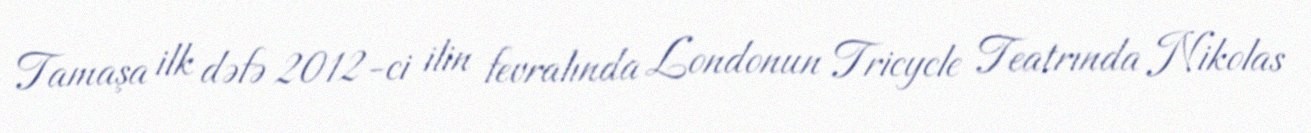
Tamaşa ilk dəfə 2012-ci ilin fevralında Londonun Tricycle Teatrında Nikolas